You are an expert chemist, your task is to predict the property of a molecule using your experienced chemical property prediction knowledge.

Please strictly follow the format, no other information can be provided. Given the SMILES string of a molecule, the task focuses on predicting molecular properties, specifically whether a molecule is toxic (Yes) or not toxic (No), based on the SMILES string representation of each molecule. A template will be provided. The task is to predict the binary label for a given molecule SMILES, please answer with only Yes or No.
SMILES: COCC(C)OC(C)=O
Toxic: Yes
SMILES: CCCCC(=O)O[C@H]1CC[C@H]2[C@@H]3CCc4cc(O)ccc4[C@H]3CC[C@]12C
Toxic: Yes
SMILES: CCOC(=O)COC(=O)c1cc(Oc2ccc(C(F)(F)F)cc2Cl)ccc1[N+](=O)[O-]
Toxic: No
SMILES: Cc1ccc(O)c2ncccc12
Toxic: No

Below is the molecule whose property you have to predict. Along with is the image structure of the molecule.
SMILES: OC1OCCOC1O
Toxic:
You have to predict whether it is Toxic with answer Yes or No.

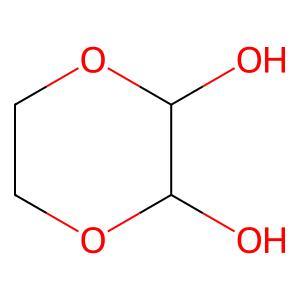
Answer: No